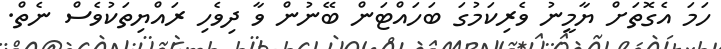
ހަަމަ އެގޮތަށް ޔާމީނު ވެރިކަމުގަ ބަހައްޓަން ބޭނުން ވާ ދިވެހި ރައްޔިތަކުވެސް ނެތް.